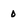
Character: 0